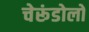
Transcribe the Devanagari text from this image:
चेरूंडोलो